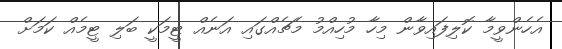
އެހެންވީމާ ކޮލިފައިވާން މިހާ މުހިއްމު މެޗެއްގައި އަނެއް ޓީމަކީ ބަލި ޓީމެއް ކަމަށް